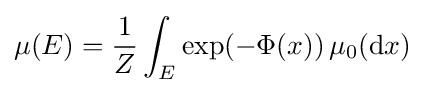
\mu (E)={\frac {1}{Z}}\int _{E}\exp(-\Phi (x))\,\mu _{0}(\mathrm {d} x)